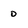
Character: 0